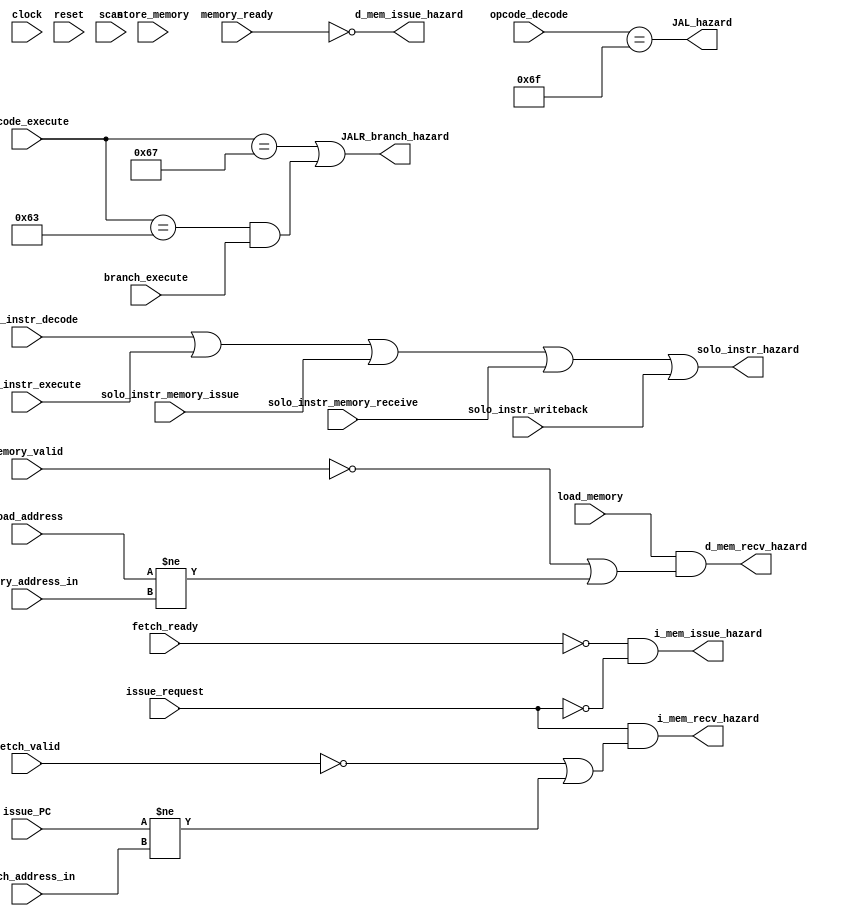
/** @module : hazard_detection_unit
 *  @author : Secure, Trusted, and Assured Microelectronics (STAM) Center

 *  Copyright (c) 2022 Trireme (STAM/SCAI/ASU)
 *  Permission is hereby granted, free of charge, to any person obtaining a copy
 *  of this software and associated documentation files (the "Software"), to deal
 *  in the Software without restriction, including without limitation the rights
 *  to use, copy, modify, merge, publish, distribute, sublicense, and/or sell
 *  copies of the Software, and to permit persons to whom the Software is
 *  furnished to do so, subject to the following conditions:
 *  The above copyright notice and this permission notice shall be included in
 *  all copies or substantial portions of the Software.

 *  THE SOFTWARE IS PROVIDED "AS IS", WITHOUT WARRANTY OF ANY KIND, EXPRESS OR
 *  IMPLIED, INCLUDING BUT NOT LIMITED TO THE WARRANTIES OF MERCHANTABILITY,
 *  FITNESS FOR A PARTICULAR PURPOSE AND NONINFRINGEMENT. IN NO EVENT SHALL THE
 *  AUTHORS OR COPYRIGHT HOLDERS BE LIABLE FOR ANY CLAIM, DAMAGES OR OTHER
 *  LIABILITY, WHETHER IN AN ACTION OF CONTRACT, TORT OR OTHERWISE, ARISING FROM,
 *  OUT OF OR IN CONNECTION WITH THE SOFTWARE OR THE USE OR OTHER DEALINGS IN
 *  THE SOFTWARE.
 */

module hazard_detection_unit #(
  parameter CORE            = 0,
  parameter ADDRESS_BITS    = 32,
  parameter SCAN_CYCLES_MIN = 0,
  parameter SCAN_CYCLES_MAX = 1000
) (
  input clock,
  input reset,

  input fetch_valid,
  input fetch_ready,
  input issue_request,
  input [ADDRESS_BITS-1:0] issue_PC,
  input [ADDRESS_BITS-1:0] fetch_address_in,
  input memory_valid,
  input memory_ready,

  input load_memory,
  input store_memory,
  input [ADDRESS_BITS-1:0] load_address,
  input [ADDRESS_BITS-1:0] memory_address_in,

  input [6:0] opcode_decode,
  input [6:0] opcode_execute,
  input branch_execute,

  input solo_instr_decode,
  input solo_instr_execute,
  input solo_instr_memory_issue,
  input solo_instr_memory_receive,
  input solo_instr_writeback,

  output i_mem_issue_hazard,
  output i_mem_recv_hazard,
  output d_mem_issue_hazard,
  output d_mem_recv_hazard,
  output JALR_branch_hazard,
  output JAL_hazard,
  output solo_instr_hazard,

  input scan
);

localparam [6:0]R_TYPE  = 7'b0110011,
                BRANCH  = 7'b1100011,
                JALR    = 7'b1100111,
                JAL     = 7'b1101111;


// Instruction/Data memory hazard detection
assign i_mem_issue_hazard = (~fetch_ready & ~issue_request);
assign i_mem_recv_hazard  = (issue_request & (~fetch_valid  | (issue_PC != fetch_address_in)));

assign d_mem_issue_hazard = ~memory_ready;
assign d_mem_recv_hazard  = (load_memory & (~memory_valid | (load_address != memory_address_in)));

// JALR BRANCH and JAL hazard detection
// JALR_branch and JAL hazard signals are high when there is a control flow
// change caused by one of these instructions. These signals are present in
// both pipelines and unpipelined versions of the processor.
assign JALR_branch_hazard = (opcode_execute == JALR  ) |
                            ((opcode_execute == BRANCH) & branch_execute);

assign JAL_hazard         = (opcode_decode == JAL);



// Some instructions must be executed without any other instructions in the
// pipeline to ensure sidefects take place in the correct order. If any of
// these instructions are in the pipeline, set the solo_instr hazard signal.
assign solo_instr_hazard = solo_instr_decode | solo_instr_execute | solo_instr_memory_issue | solo_instr_memory_receive | solo_instr_writeback;

reg [31: 0] cycles;
always @ (posedge clock) begin
  cycles <= reset? 0 : cycles + 1;
  if (scan  & ((cycles >= SCAN_CYCLES_MIN) & (cycles <= SCAN_CYCLES_MAX)) )begin
    $display ("------ Core %d Hazard Detection Unit - Current Cycle %d ------", CORE, cycles);

    $display ("| Fetch Valid        [%b]", fetch_valid);
    $display ("| Fetch Ready        [%b]", fetch_ready);
    $display ("| Issue Request      [%b]", issue_request);
    $display ("| Issue PC           [%h]", issue_PC);
    $display ("| Fetch Address In   [%h]", fetch_address_in);
    $display ("| Load Memory        [%b]", load_memory);
    $display ("| Memory Valid       [%b]", memory_valid);
    $display ("| Store Memory       [%b]", store_memory);
    $display ("| Memory Ready       [%b]", memory_ready);
    //$display ("| I-Mem Hazard       [%b]", i_mem_hazard);
    $display ("| I-Mem Iss Hazard   [%b]", i_mem_issue_hazard);
    $display ("| I-Mem Recv Hazard  [%b]", i_mem_recv_hazard);
    $display ("| D-Mem Iss Hazard   [%b]", d_mem_issue_hazard);
    $display ("| D-Mem Recv Hazard  [%b]", d_mem_recv_hazard);
    $display ("| JALR/branch Hazard [%b]", JALR_branch_hazard);
    $display ("| JAL Hazard         [%b]", JAL_hazard);
    $display ("----------------------------------------------------------------------");
  end
end

endmodule